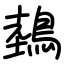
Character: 鵱